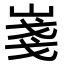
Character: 𡸚